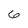
Character: 6